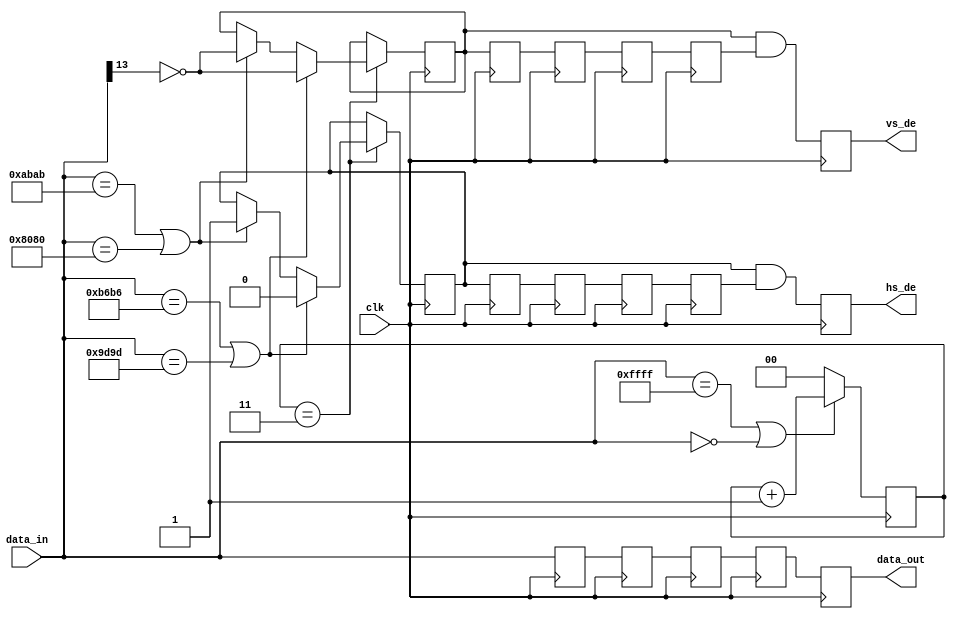
module embedded_sync_decoder(
	input clk,
	input [15:0] data_in,
	output reg hs_de,
	output reg vs_de,
	output reg [15:0] data_out
);

	reg [15:0] data_d = 'd0;
	reg hs_de_rcv_d = 'd0;
	reg vs_de_rcv_d = 'd0;
	reg [15:0] data_2d = 'd0;
	reg hs_de_rcv_2d = 'd0;
	reg vs_de_rcv_2d = 'd0;
	reg [15:0] data_3d = 'd0;
	reg hs_de_rcv_3d = 'd0;
	reg vs_de_rcv_3d = 'd0;
	reg [15:0] data_4d = 'd0;
	reg hs_de_rcv_4d = 'd0;
	reg vs_de_rcv_4d = 'd0;
	reg hs_de_rcv = 'd0;
	reg vs_de_rcv = 'd0;

	// delay to get rid of eav's 4 bytes
	always @(posedge clk) begin
		data_d <= data_in;
		data_2d <= data_d;
		data_3d <= data_2d;
		data_4d <= data_3d;
		data_out <= data_4d;

		hs_de_rcv_d <= hs_de_rcv;
		vs_de_rcv_d <= vs_de_rcv;
		hs_de_rcv_2d <= hs_de_rcv_d;
		vs_de_rcv_2d <= vs_de_rcv_d;
		hs_de_rcv_3d <= hs_de_rcv_2d;
		vs_de_rcv_3d <= vs_de_rcv_2d;
		hs_de_rcv_4d <= hs_de_rcv_3d;
		vs_de_rcv_4d <= vs_de_rcv_3d;
		hs_de <= hs_de_rcv & hs_de_rcv_4d;
		vs_de <= vs_de_rcv & vs_de_rcv_4d;
	end

	reg [1:0] preamble_cnt = 'd0;
		
	// check for sav and eav and generate the corresponding enables
	always @(posedge clk) begin
		if ((data_in == 16'hffff) || (data_in == 16'h0000)) begin
			preamble_cnt <= preamble_cnt + 1'b1;
		end else begin
			preamble_cnt <= 'd0;
		end
	
		if (preamble_cnt == 3'h3) begin
			if ((data_in == 16'hb6b6) || (data_in == 16'h9d9d)) begin
				hs_de_rcv <= 1'b0;
				vs_de_rcv <= ~data_in[13];
			end else if ((data_in == 16'habab) || (data_in == 16'h8080)) begin
				hs_de_rcv <= 1'b1;
				vs_de_rcv <= ~data_in[13];
			end
		end
	end

endmodule